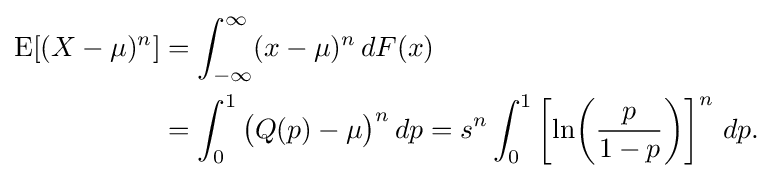
{\begin{aligned}\operatorname {E} [(X-\mu )^{n}]&=\int _{-\infty }^{\infty }(x-\mu )^{n}\,dF(x)\\&=\int _{0}^{1}{\big (}Q(p)-\mu {\big )}^{n}\,dp=s^{n}\int _{0}^{1}\left[\ln \!\left({\frac {p}{1-p}}\right)\right]^{n}\,dp.\end{aligned}}